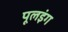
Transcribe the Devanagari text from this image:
पूलइंग